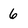
Character: 6